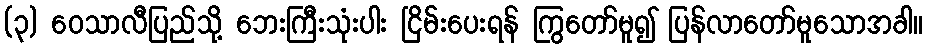
(၃) ဝေသာလီပြည်သို့ ဘေးကြီးသုံးပါး ငြိမ်းပေးရန် ကြွတော်မူ၍ ပြန်လာတော်မူသောအခါ။